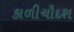
કાળીચૌદશ